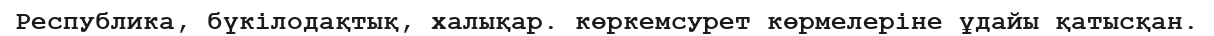
Республика, бүкілодақтық, халықар. көркемсурет көрмелеріне ұдайы қатысқан.